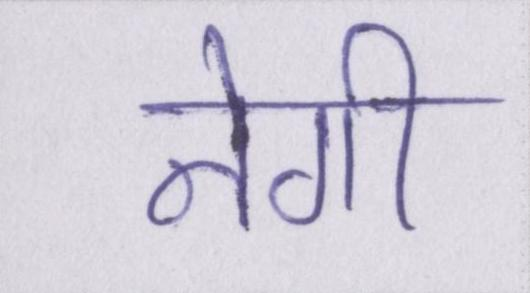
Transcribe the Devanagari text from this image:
नेगी